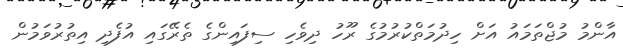
އާންމު މުޖްތަމައު އަށް ހިދުމަތްކުރުމުގެ ރޫހު ދިވެހި ސިފައިންގެ ތެރޭގައި އުފެދި އިތުރުވަމުން